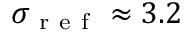
\sigma _ { \mathrm { ~ r ~ e ~ f ~ } } \approx 3 . 2